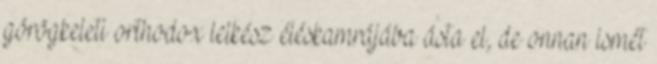
görögkeleti orthodox lelkész éléskamrájába ásta el, de onnan ismét